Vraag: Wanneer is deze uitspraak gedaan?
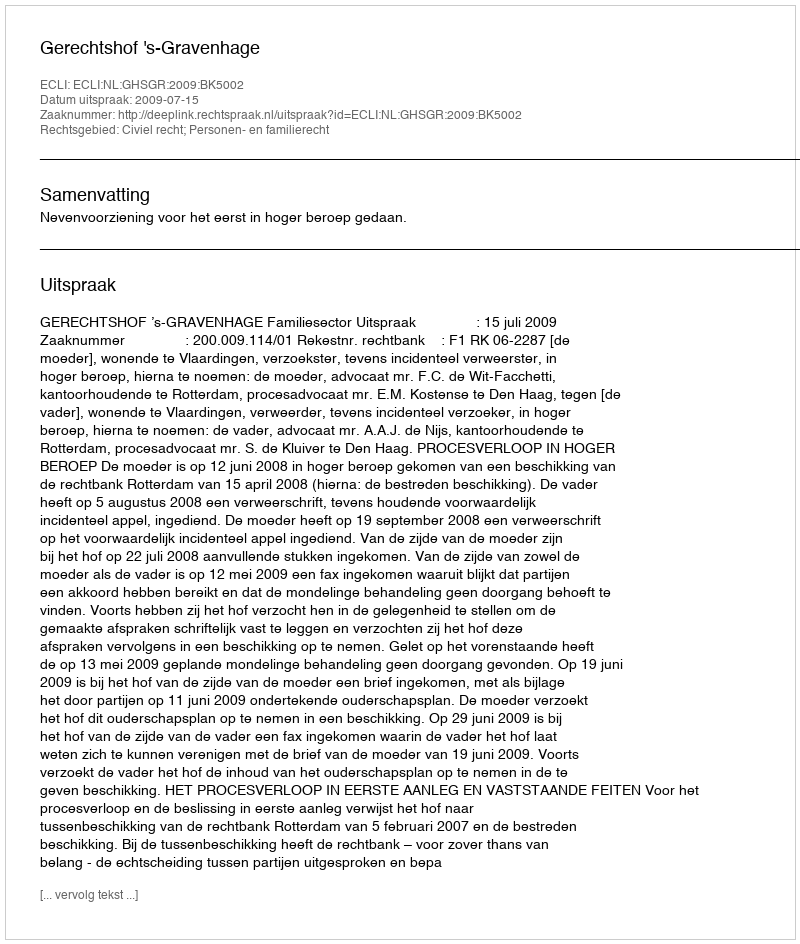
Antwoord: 2009-07-15